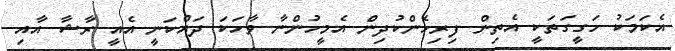
އެކަމަކު ހަގީގަތަކީ އެތިން ފިރިހެންކުދިން އެމީހުންނާ ވާހަކަ ދައްކަނީ އެއީ ރާާޝާ އާއި